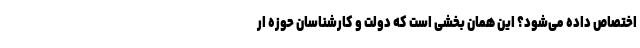
اختصاص داده می‌شود؟ این همان بخشی است که دولت و کارشناسان حوزه ار